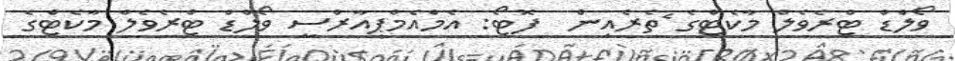
ވޯލްޑް ޓްރެވެލް މާކެޓްގެ ެތެރެއިން  ފޮޓޯ: އެމްއެމްޕީއާރްސީ ވޯލްޑް ޓްރެވެލް މާކެޓްގެ